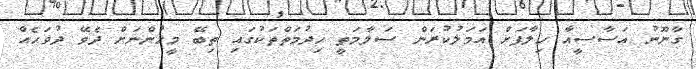
ގާނޫނު އަސާސީއާ ހިލާފަށް އަމަލުކުރަން ސަލާމަތީ ހިދުމަތްތަކުގައި ތިބޭ މީހުންނަށް ދެވޭ ދުވަހެއް